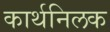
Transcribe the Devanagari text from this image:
कार्थनिलक